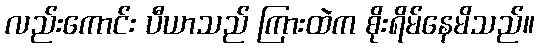
လည်းကောင်း ပီယာသည် ကြားထဲက စိုးရိမ်နေမိသည်။